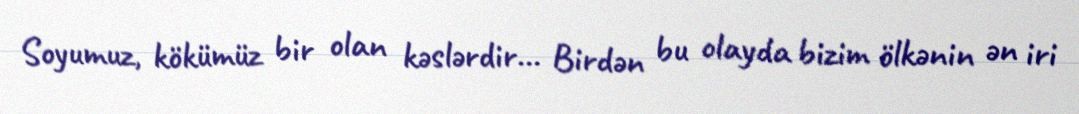
Soyumuz, kökümüz bir olan kəslərdir... Birdən bu olayda bizim ölkənin ən iri